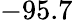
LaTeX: -95.7